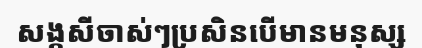
សង្កសីចាស់ៗប្រសិនបើមានមនុស្ស